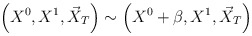
\begin{align*}\left(X^0,X^1,\vec{X}_T\right)\sim\left(X^0+\beta,X^1,\vec{X}_T\right)\end{align*}